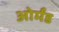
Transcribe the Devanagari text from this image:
ओर्मंड